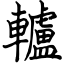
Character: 轤